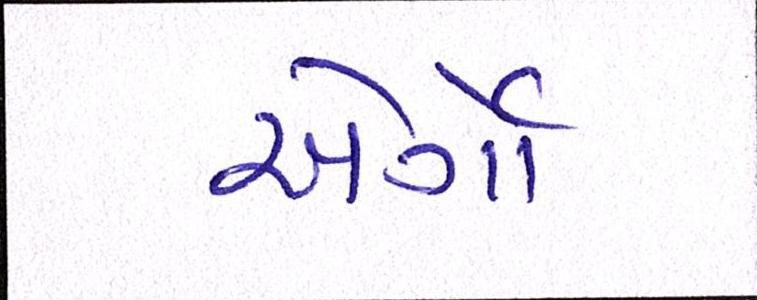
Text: એર્ગો